Punjab Mental Hospital Lahore 1922-31 - 1922-1931
Year: 1922
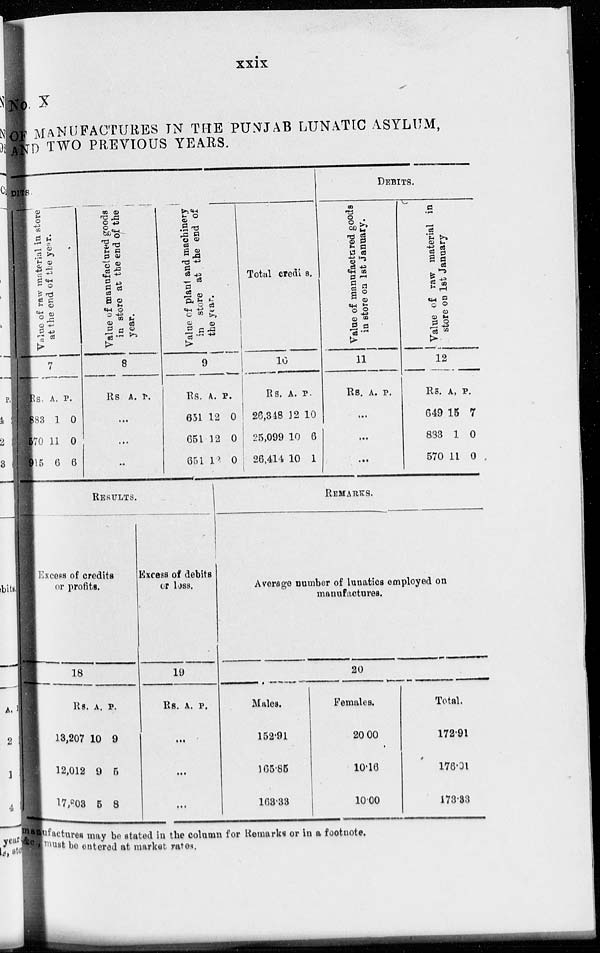
xxix
No.X
OF MANUFACTURES IN THE PUNJAB LUNATIC ASYLUM,
AND TWO PREVIOUS YEARS.
DITS.
Value of raw material in store
at the end of the
year.
7
Rs.
8 3
5 0
9 5
A.
1
11
6
P.
0
0
6
Value of manufactured goods
in store at the end of the
year.
8
Rs. A. P.
...
...
...
Value of plant and machinery
in store at the end of
the year.
9
Rs.
651
651
651
A.
12
12
12
P.
0
0
0
Total credits.
10
Rs.
26,348
25,099
26,414
A.
12
10
10
P.
10
6
1
DEBITS.
Value of manufactured goods
in store on 1st January.
11
Rs. A. P.
...
...
...
Value of raw material in
store on 1st January
12
Rs.
649
833
570
A.
15
1
11
P.
7
0
0
RESULTS.
Excess of credits
or profits.
18
Rs.
13,207
12,012
17,803
A.
10
9
5
P.
9
5
8
Excess of debits
or less.
19
Rs. A. P.
...
...
...
REMARKS.
Average number of lunatics employed on
manufactures.
20
Males.
152.91
165.85
163.33
Females.
20.00
10.16
10.00
Total.
172.91
176.01
173.33
man factures may be stated in the column for Remarks or in a footnote.
ye ,must be entered at market rates.